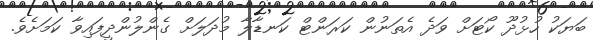
ބަޔަކު ހުޅުދޫ ކޯޓަށް ވަދެ އެތަނުން ކަރަންޓް ކަނޑާލާ މުދަލަށް ގެންލުންދީފައިވާ ކަމަށެވެ.